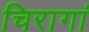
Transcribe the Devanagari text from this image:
चिरागां